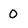
Character: 0